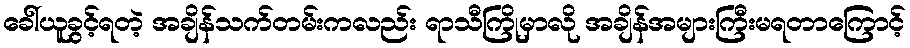
ခေါ်ယူခွင့်ရတဲ့ အချိန်သက်တမ်းကလည်း ရာသီကြိုမှာလို အချိန်အများကြီးမရတာကြောင့်